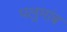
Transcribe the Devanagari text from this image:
पलुमांब